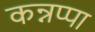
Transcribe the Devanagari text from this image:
कन्नप्पा